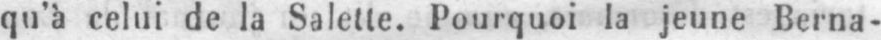
qu’à celui de la Salette. Pourquoi la jeune Berna-